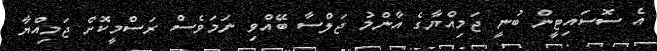
އެ ސޮސައިޓީން ބުނީ ޖަމިއްޔާގެ އާންމު ޖަލްސާ ބޭއްވި ނަމަވެސް ރަސްމީކޮށް ޖަމިއްޔާ